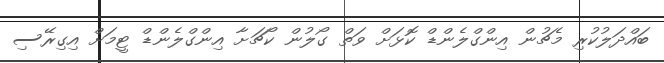
ބައްދަލުކުރި މެޗުން އިންގްލެންޑް ކޮޅަށް ވަތް ގޯލުން ކޯޗަށާ އިންގްލެންޑް ޓީމަށް އިގިރޭސި